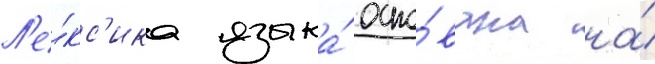
Л'е́кс'ика языка́ осно́вана на́